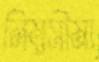
নিম্নসীমা